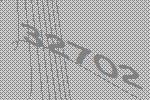
32702